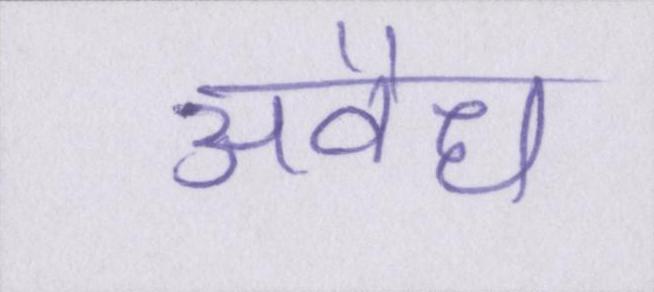
अवैध